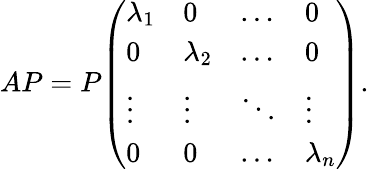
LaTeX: AP=P{\left(\begin{array}{llll}{\lambda_{1}}&{0}&{\dots}&{0}\\ {0}&{\lambda_{2}}&{\dots}&{0}\\ {\vdots}&{\vdots}&{\ddots}&{\vdots}\\ {0}&{0}&{\dots}&{\lambda_{n}}\end{array}\right)}.